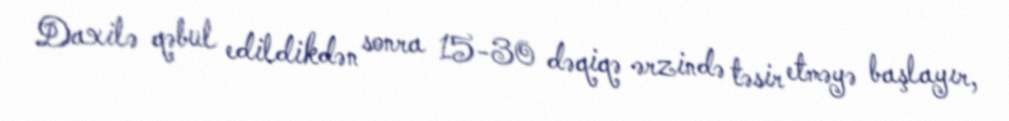
Daxilə qəbul edildikdən sonra 15-30 dəqiqə ərzində təsir etməyə başlayır,